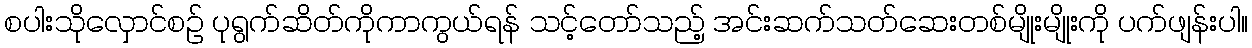
စပါးသိုလှောင်စဉ် ပုရွက်ဆိတ်ကိုကာကွယ်ရန် သင့်တော်သည့် အင်းဆက်သတ်ဆေးတစ်မျိုးမျိုးကို ပက်ဖျန်းပါ။